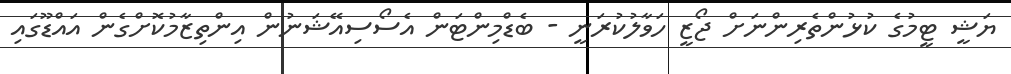
ޔަޝީ ޓީމުގެ ކުޅުންތެރިންނަށް ޖޯޒީ ހަވާލުކުރަނީ - ބެޑްމިންޓަން އެސޯސިއޭޝަނުން އިންތިޒާމުކޮށްގެން އައްޑޫގައި